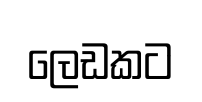
ලෙඩකට